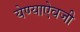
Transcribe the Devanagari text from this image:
येण्याऐवजी